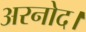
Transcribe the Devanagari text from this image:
अरनोद।